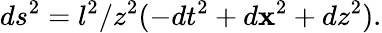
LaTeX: ds^{2}=l^{2}/z^{2}(-dt^{2}+d{\mathbf x}^{2}+dz^{2}).